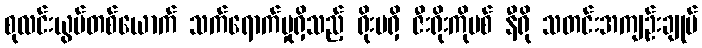
စုလင်းယွမ်တစ်ယောက် သက်ရောက်မှုရှိသည့် ရိုးမရှိ ဇီးရိုးကိုဗစ် နီရို သတင်းအကျဉ်းချုပ်